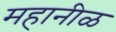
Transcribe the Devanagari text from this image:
महानीळ